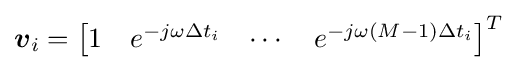
{\boldsymbol {v}}_{i}={\begin{bmatrix}1&e^{-j\omega \Delta t_{i}}&\cdots &e^{-j\omega (M-1)\Delta t_{i}}\end{bmatrix}}^{T}